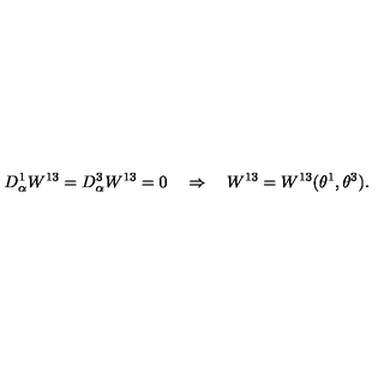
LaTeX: D _ { \alpha } ^ { 1 } W ^ { 1 3 } = D _ { \alpha } ^ { 3 } W ^ { 1 3 } = 0 \quad \Rightarrow \quad W ^ { 1 3 } = W ^ { 1 3 } ( \theta ^ { 1 } , \theta ^ { 3 } ) .